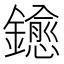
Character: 𨮋